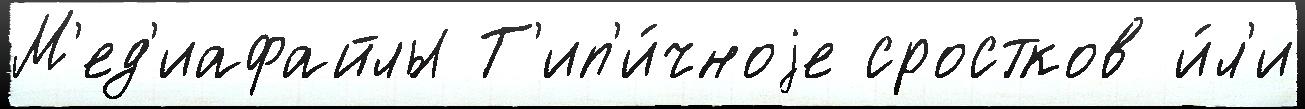
М'ед'иафайлы Т'ип'и́чноjе сростков и́л'и